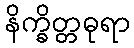
နိက္ခိတ္တဓုရာ